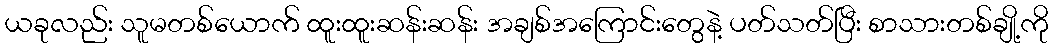
ယခုလည်း သူမတစ်ယောက် ထူးထူးဆန်းဆန်း အချစ်အကြောင်းတွေနဲ့ ပတ်သတ်ပြီး စာသားတစ်ချို့ကို